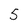
Character: 5